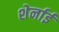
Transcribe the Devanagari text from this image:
शेर्नाई